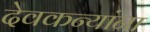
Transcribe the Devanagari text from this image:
देवकन्यांना